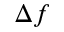
\Delta f